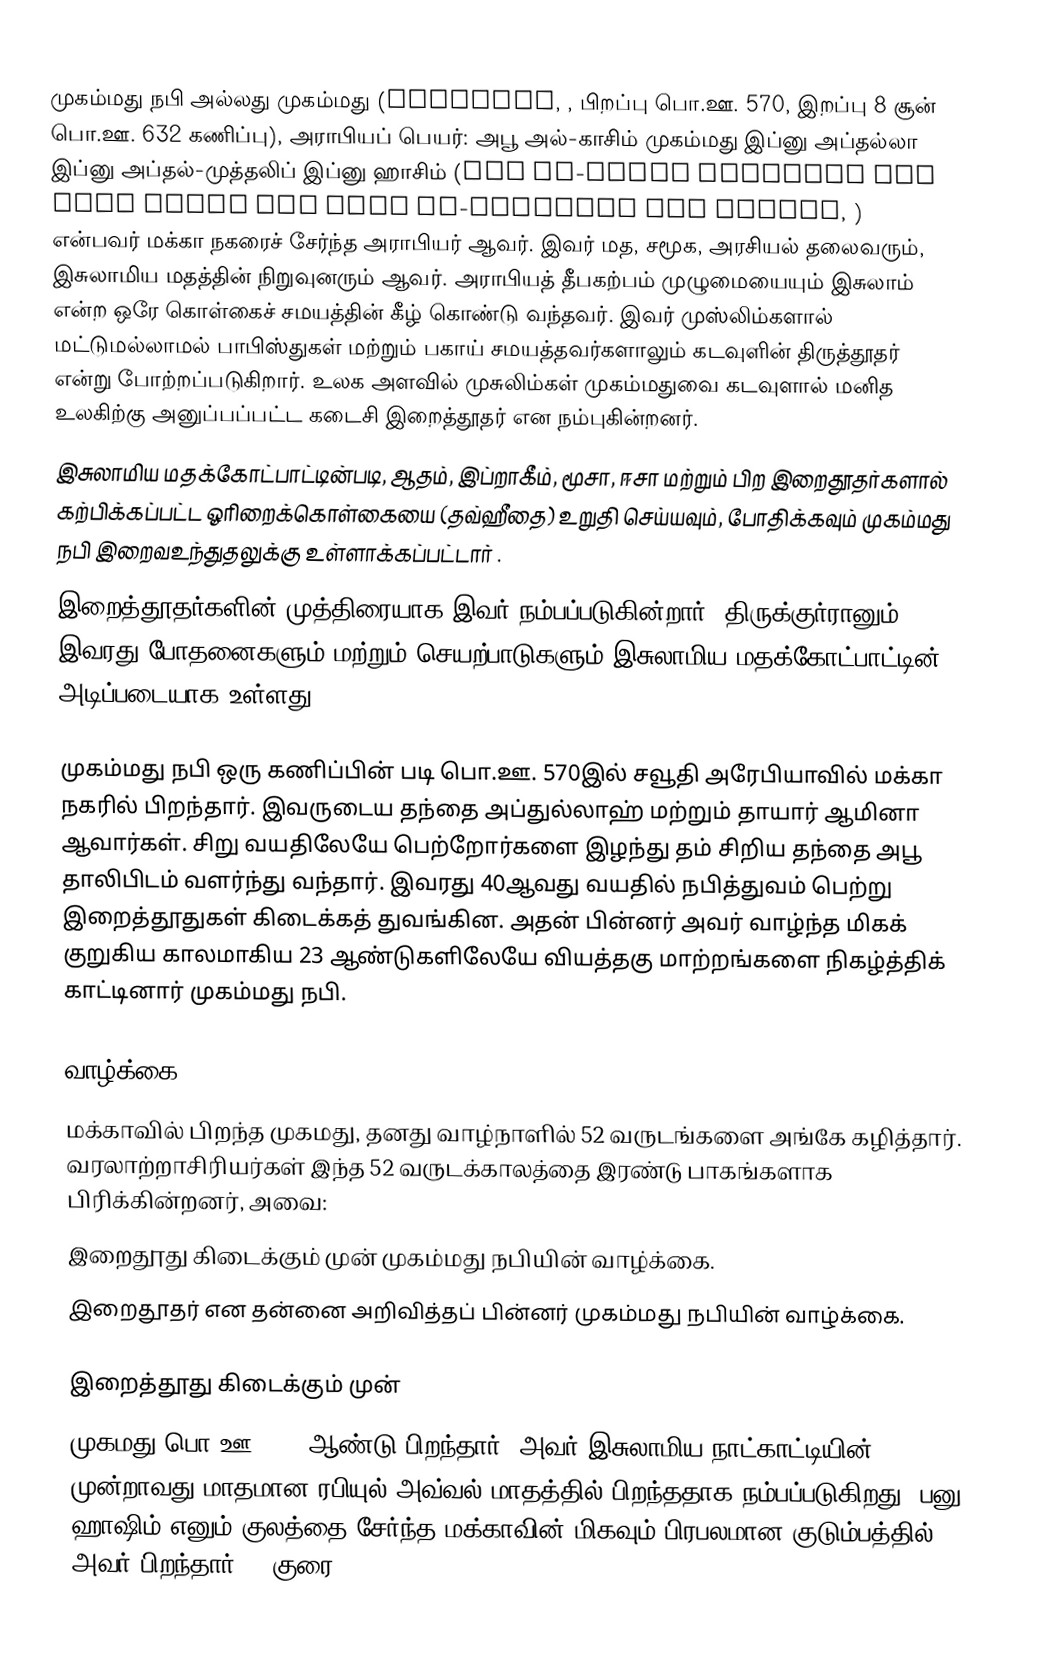
முகம்மது நபி அல்லது முகம்மது (Muḥammad, , பிறப்பு பொ.ஊ. 570, இறப்பு 8 சூன் பொ.ஊ. 632 கணிப்பு), அராபியப் பெயர்: அபூ அல்-காசிம் முகம்மது இப்னு அப்தல்லா இப்னு அப்தல்-முத்தலிப் இப்னு ஹாசிம் (Abū al-Qāsim Muḥammad ibn ʿAbd Allāh ibn ʿAbd al-Muṭṭalib ibn Hāshim, ) என்பவர் மக்கா நகரைச் சேர்ந்த அராபியர் ஆவர். இவர் மத, சமூக, அரசியல் தலைவரும், இசுலாமிய மதத்தின் நிறுவுனரும் ஆவர். அராபியத் தீபகற்பம் முழுமையையும் இசுலாம் என்ற ஒரே கொள்கைச் சமயத்தின் கீழ் கொண்டு வந்தவர். இவர் முஸ்லிம்களால் மட்டுமல்லாமல் பாபிஸ்துகள் மற்றும் பகாய் சமயத்தவர்களாலும் கடவுளின் திருத்தூதர் என்று போற்றப்படுகிறார். உலக அளவில் முசுலிம்கள் முகம்மதுவை கடவுளால் மனித உலகிற்கு அனுப்பப்பட்ட கடைசி இறைத்தூதர் என நம்புகின்றனர்.
இசுலாமிய மதக்கோட்பாட்டின்படி, ஆதம், இப்றாகீம், மூசா, ஈசா மற்றும் பிற இறைதூதர்களால் கற்பிக்கப்பட்ட ஓரிறைக்கொள்கையை (தவ்ஹீதை) உறுதி செய்யவும், போதிக்கவும் முகம்மது நபி இறைவஉந்துதலுக்கு உள்ளாக்கப்பட்டார் .
இறைத்தூதர்களின் முத்திரையாக இவர் நம்பப்படுகின்றார். திருக்குர்ரானும், இவரது போதனைகளும் மற்றும் செயற்பாடுகளும் இசுலாமிய மதக்கோட்பாட்டின் அடிப்படையாக  உள்ளது .

முகம்மது நபி ஒரு கணிப்பின் படி பொ.ஊ. 570இல் சவூதி அரேபியாவில் மக்கா நகரில் பிறந்தார். இவருடைய தந்தை அப்துல்லாஹ் மற்றும் தாயார் ஆமினா ஆவார்கள். சிறு வயதிலேயே பெற்றோர்களை இழந்து தம் சிறிய தந்தை அபூ தாலிபிடம் வளர்ந்து வந்தார். இவரது 40ஆவது வயதில் நபித்துவம் பெற்று இறைத்தூதுகள் கிடைக்கத் துவங்கின. அதன் பின்னர் அவர் வாழ்ந்த மிகக் குறுகிய காலமாகிய 23 ஆண்டுகளிலேயே வியத்தகு மாற்றங்களை நிகழ்த்திக் காட்டினார் முகம்மது நபி.

வாழ்க்கை
மக்காவில் பிறந்த முகமது, தனது வாழ்நாளில் 52 வருடங்களை அங்கே கழித்தார். வரலாற்றாசிரியர்கள் இந்த 52 வருடக்காலத்தை இரண்டு பாகங்களாக பிரிக்கின்றனர், அவை:
 இறைதூது கிடைக்கும் முன் முகம்மது நபியின் வாழ்க்கை.
 இறைதூதர் என தன்னை அறிவித்தப் பின்னர் முகம்மது நபியின் வாழ்க்கை.

இறைத்தூது கிடைக்கும் முன்
முகமது பொ.ஊ. 570 ஆண்டு பிறந்தார். அவர் இசுலாமிய நாட்காட்டியின்  முன்றாவது மாதமான ரபியுல் அவ்வல் மாதத்தில் பிறந்ததாக நம்பப்படுகிறது. பனு ஹாஷிம் எனும் குலத்தை சேர்ந்த மக்காவின் மிகவும் பிரபலமான குடும்பத்தில் அவர் பிறந்தார். . குரை